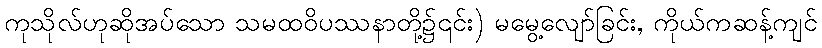
ကုသိုလ်ဟုဆိုအပ်သော သမထဝိပဿနာတို့၌၎င်း) မမွေ့လျော်ခြင်း, ကိုယ်ကဆန့်ကျင်